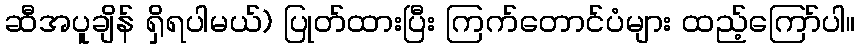
ဆီအပူချိန် ရှိရပါမယ်) ပြုတ်ထားပြီး ကြက်တောင်ပံများ ထည့်ကြော်ပါ။